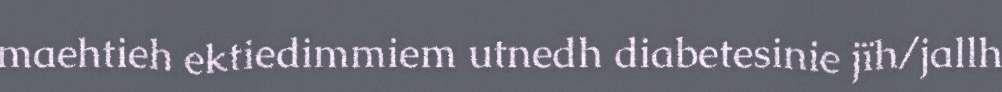
maehtieh ektiedimmiem utnedh diabetesinie jïh/jallh